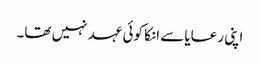
اپنی رعایا سے انکا کوئی عہد نہیں تھا۔